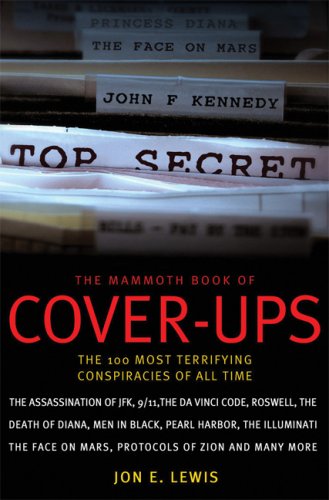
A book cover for The Mammoth Book of Cover-Ups: The 100 Most Terrifying Conspiracies of All Time; Jon E. Lewis; Religion & Spirituality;